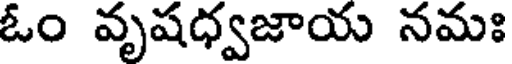
ఓం వృషధ్వజాయ నమః